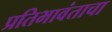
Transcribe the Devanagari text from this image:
प्रतिभावंताचा